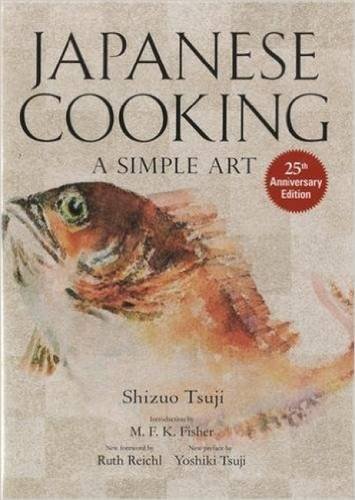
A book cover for Japanese Cooking: A Simple Art; Shizuo Tsuji; Cookbooks, Food & Wine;